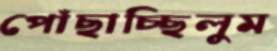
পোঁছাচ্ছিলুম